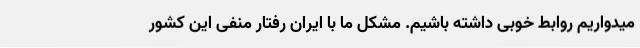
میدواریم روابط خوبی داشته باشیم. مشکل ما با ایران رفتار منفی این کشور